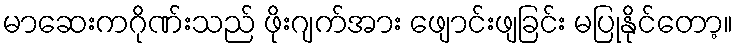
မာဆေးကဂိုဏ်းသည် ဖိုးဂျက်အား ဖျောင်းဖျခြင်း မပြုနိုင်တော့။